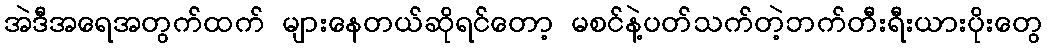
အဲဒီအရေအတွက်ထက် များနေတယ်ဆိုရင်တော့ မစင်နဲ့ပတ်သက်တဲ့ဘက်တီးရီးယားပိုးတွေ